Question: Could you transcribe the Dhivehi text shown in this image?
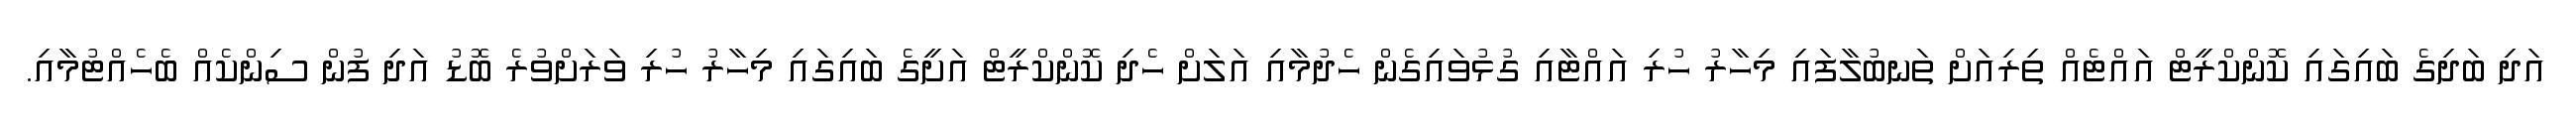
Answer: އަދި ބަދިގެ ބައިގައި ކޮންކްރީޓް އައްޓެއް ތިރިއަށް ތަނބުލާފައި މިހާރު ހުރި އައްޓާއި ގުޅުވައިގެން ހެދުމާއި އަލަށް ހެދި ކޮންކްރީޓް އަށީގެ ބައިގައި މިހާރު ހުރި ވަރަށްވުރެ ބޮޑު އަދި ފުން ސިންކެއް ބެހެއްޓުމާއި.